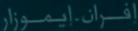
إيران-ايموزار